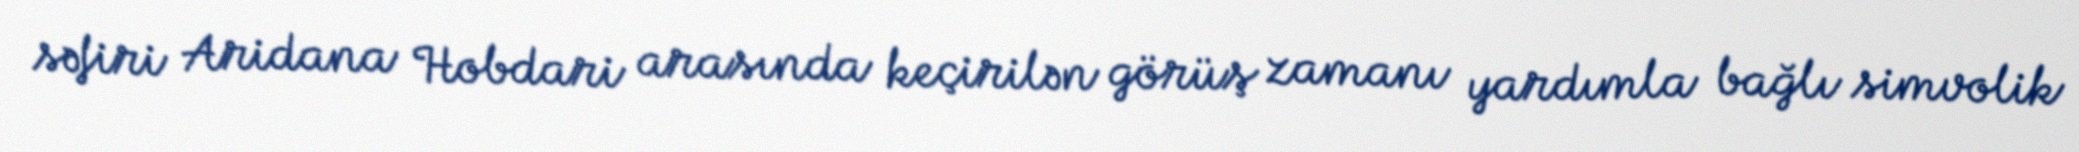
səfiri Aridana Hobdari arasında keçirilən görüş zamanı yardımla bağlı simvolik